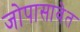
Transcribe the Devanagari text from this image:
जोपासावेत